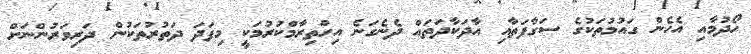
ހޯދުމާއި އެހެން ގައުމުތަކުގެ ސަގާފަތާއި އާދަކާދަތައް ދެނެގަނެ އިހްތިރާމްކުރުމަކީ މިފަދަ ދަތުރުތަކުން ދަރިވަރުންނަށް